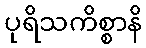
ပုရိသကိစ္စာနိ